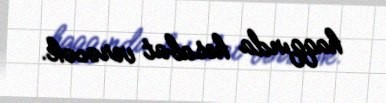
haqqında hesabat verəcək.